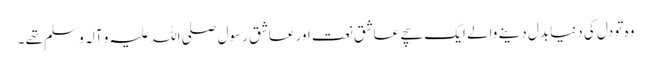
وہ تو دل کی دنیا بدل دینے والے ایک سچے عاشق نعت اور عاشق رسول صلی اللہ علیہ و آلہ وسلم تھے ۔